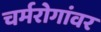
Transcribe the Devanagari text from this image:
चर्मरोगांवर